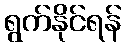
ရွက်နိုင်ရန်